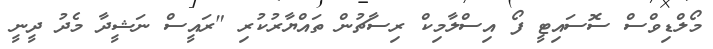
މޯލްޑިވްސް ސޮސައިޓީ ފޯ އިސްލާމިކް ރިސާޗުން ތައްޔާރުކުރި "ރައީސް ނަޝީދާ މެދު ދީނީ